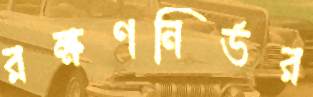
রক্ষণনির্ভর